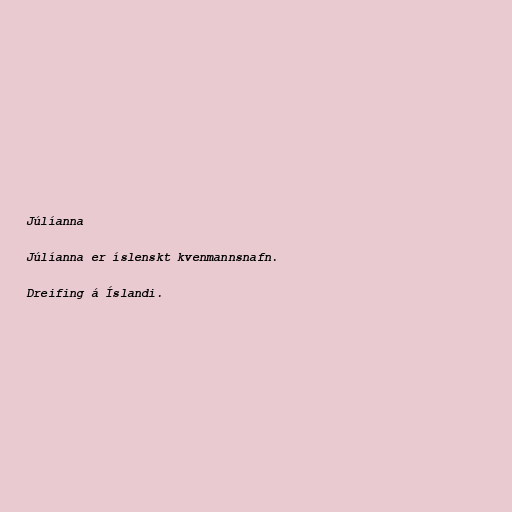
Júlíanna

Júlíanna er íslenskt kvenmannsnafn.

Dreifing á Íslandi.